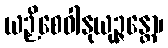
ယဉှိစေဝါနုယုဉ္ဇန္တော၊